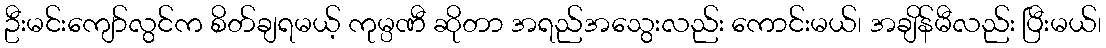
ဦးမင်းကျော်လွင်က စိတ်ချရမယ့် ကုမ္ပဏီ ဆိုတာ အရည်အသွေးလည်း ကောင်းမယ်၊ အချိန်မီလည်း ပြီးမယ်၊